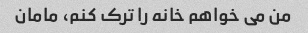
من می خواهم خانه را ترک کنم، مامان